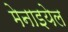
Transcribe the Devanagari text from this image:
मेनाइयेल